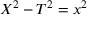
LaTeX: X ^ { 2 } - T ^ { 2 } = x ^ { 2 }